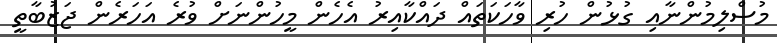
މުސްލިމުންނާއި ގުޅުން ހުރި ވާހަކަތައް ދައްކާއިރު އެހެން މީހުންނަށް ވުރެ އަހަރެން ޖަޒުބާތީ